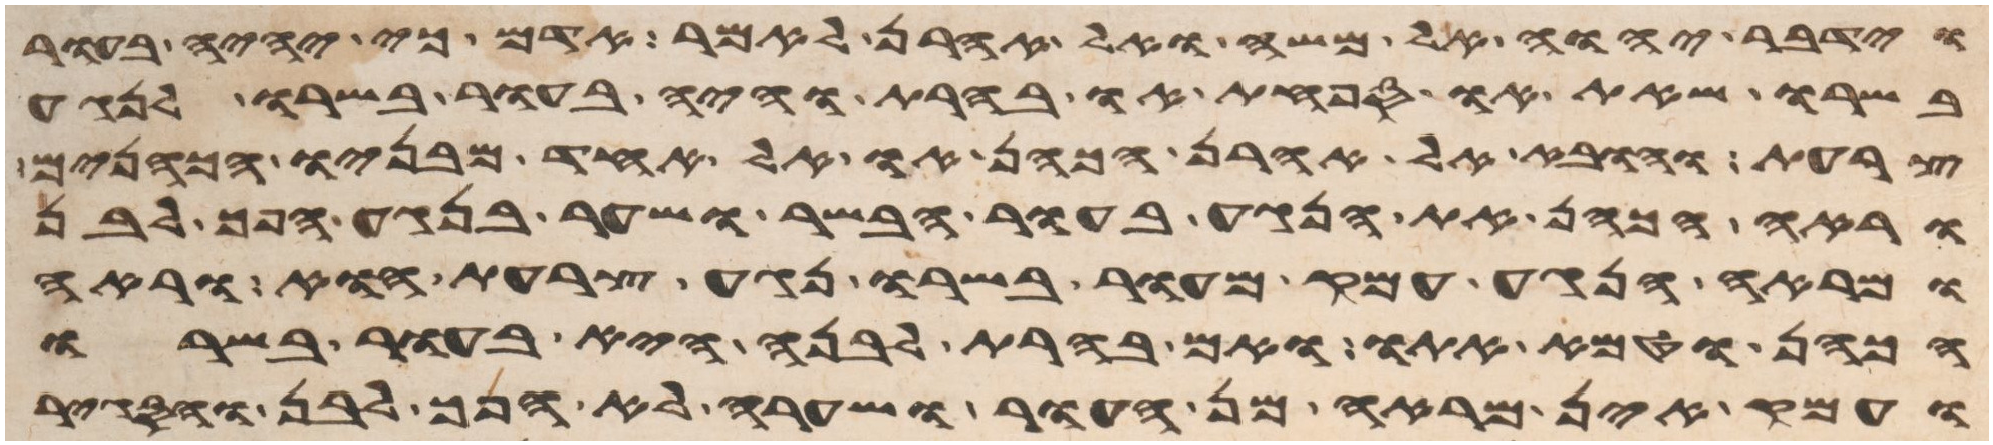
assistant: וידבר יהוה אל משה ואל אהרן לאמר אדם כי יהיה בעור
בשרו שאת או ספחת או בהרת והיה בעור בשרו לנגע
צרעת והובא אל אהרן הכהן או אל אחד מבניו הכהנים
וראה הכהן את הנגע בעור הבשר ושער בנגע הפך לבן
ומראה הנגע עמק מעור בשרו נגע צרעת הוא וראה
הכהן וטמא אתו ואם בהרת לבנה היא בעור בשרו
ועמק אין מראה מן העור ושערה לא הפך לבן והסגיר